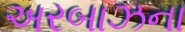
અરબાઝના